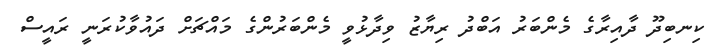
ކިނބިދޫ ދާއިރާގެ މެންބަރު އަބްދު ރިޔާޒު ވިދާޅުވީ މެންބަރުންގެ މައްޗަށް ދައުވާކުރަނީ ރައީސް